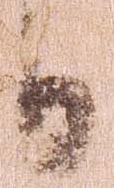
日